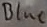
Text: Blue